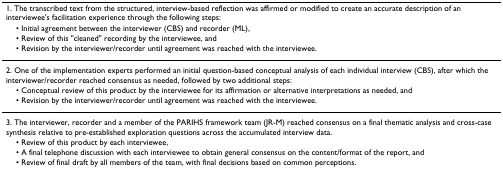
<table><thead><tr><td><b>1. The transcribed text from the structured, interview-based reflection was affirmed or modified to create an accurate description of an interviewee&#x27;s facilitation experience through the following steps:</b></td></tr><tr><td><b> • Initial agreement between the interviewer (CBS) and recorder (ML),</b></td></tr><tr><td><b> • Review of this &quot;cleaned&quot; recording by the interviewee, and</b></td></tr><tr><td><b> • Revision by the interviewer/recorder until agreement was reached with the interviewee.</b></td></tr></thead><tbody><tr><td>2. One of the implementation experts performed an initial question-based conceptual analysis of each individual interview (CBS), after which the interviewer/recorder reached consensus as needed, followed by two additional steps:</td></tr><tr><td> • Conceptual review of this product by the interviewee for its affirmation or alternative interpretations as needed, and</td></tr><tr><td> • Revision by the interviewer/recorder until agreement was reached with the interviewee.</td></tr><tr><td>3. The interviewer, recorder and a member of the PARIHS framework team (JR-M) reached consensus on a final thematic analysis and cross-case synthesis relative to pre-established exploration questions across the accumulated interview data.</td></tr><tr><td> • Review of this product by each interviewee,</td></tr><tr><td> • A final telephone discussion with each interviewee to obtain general consensus on the content/format of the report, and</td></tr><tr><td> • Review of final draft by all members of the team, with final decisions based on common perceptions.</td></tr></tbody></table>